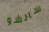
سانشو